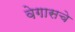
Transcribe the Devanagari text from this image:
वेगासचे